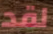
لقد